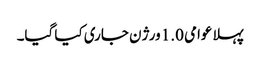
پہلا عوامی 1.0 ورژن جاری کیا گیا۔